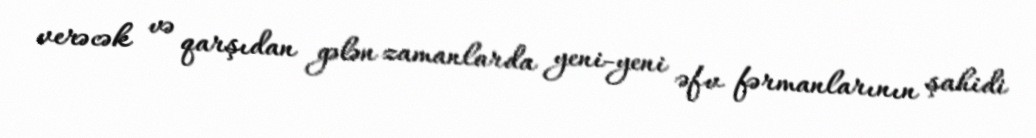
verəcək və qarşıdan gələn zamanlarda yeni-yeni əfv fərmanlarının şahidi